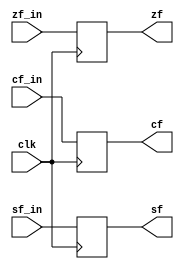
module flag_register (
    input wire cf_in,
    input wire sf_in,
    input wire zf_in,
    input wire clk,
    output wire cf,
    output wire sf,
    output wire zf
);
reg _cf = 0,_sf = 0,_zf = 0;
always @(posedge clk) begin
    _cf <= cf_in;
    _sf <= sf_in;
    _zf <= zf_in;
end
    assign cf = _cf;
    assign sf = _sf;
    assign zf = _zf;
endmodule